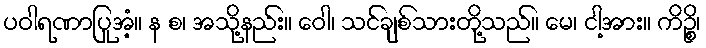
ပဝါရဏာပြုအံ့။ န စ၊ အသို့နည်း။ ဝေါ၊ သင်ချစ်သားတို့သည်။ မေ၊ ငါ့အား။ ကိဉ္စိ၊